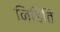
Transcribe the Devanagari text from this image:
निहिति